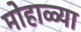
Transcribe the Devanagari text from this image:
मोहाळ्या